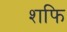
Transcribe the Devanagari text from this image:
शफि